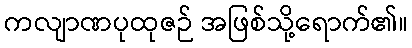
ကလျာဏပုထုဇဉ် အဖြစ်သို့ရောက်၏။